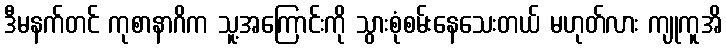
ဒီမနက်တင် ကုစာနာဂိက သူ့အကြောင်းကို သွားစုံစမ်းနေသေးတယ် မဟုတ်လား ကျုကူအိ